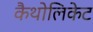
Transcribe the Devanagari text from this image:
कैथोलिकेट